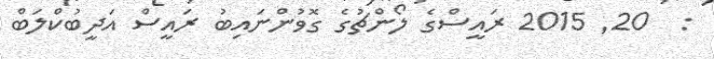
:  20